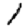
Digit: 1